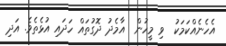
އެހެނެއްކަމަކު  ވި މީހުން  އާމެދު ދޮގުތައް ހަދައި އުޅެތެވެ. އަދި